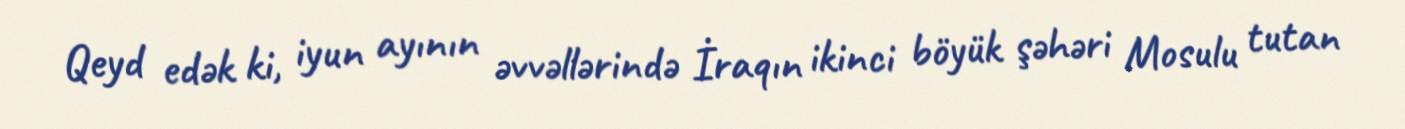
Qeyd edək ki, iyun ayının əvvəllərində İraqın ikinci böyük şəhəri Mosulu tutan